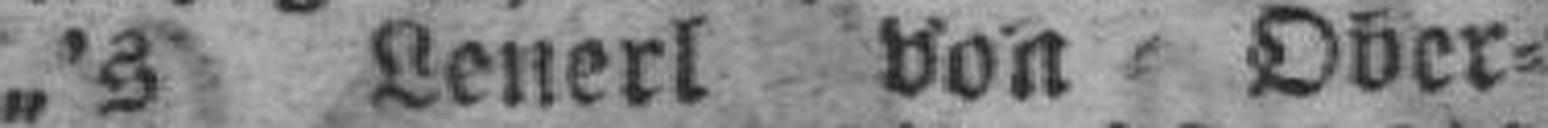
„'s Lenerl von Ober¬